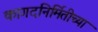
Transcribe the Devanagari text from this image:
कागदनिर्मितीच्या